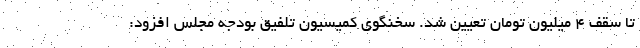
تا سقف ۴ میلیون تومان تعیین شد. سخنگوی کمیسیون تلفیق بودجه مجلس افزود: